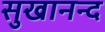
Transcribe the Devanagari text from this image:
सुखानन्द